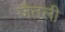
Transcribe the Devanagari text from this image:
जैतली